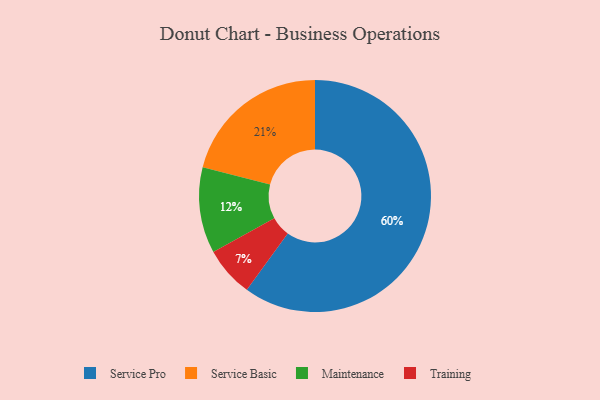
{"axis": {"x": "Category", "y": "Percentage"}, "legend": ["Maintenance", "Service Basic", "Service Pro", "Training"], "data": [{"x": "Maintenance", "y": 12, "type": "Maintenance"}, {"x": "Service Pro", "y": 60, "type": "Service Pro"}, {"x": "Training", "y": 7, "type": "Training"}, {"x": "Service Basic", "y": 21, "type": "Service Basic"}]}